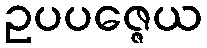
ဥပပဇ္ဇေယ